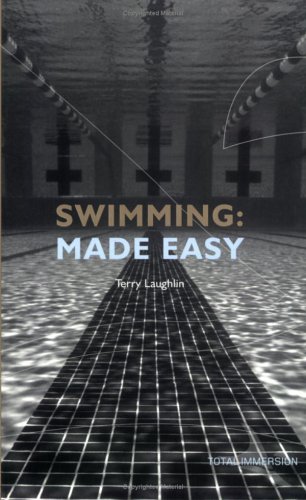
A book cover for Swimming Made Easy: The Total Immersion Way for Any Swimmer to Achieve Fluency, Ease, and Speed in Any Stroke; Terry Laughlin; Sports & Outdoors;